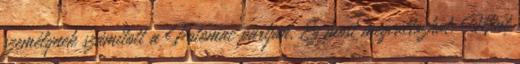
személynek számított a Potomac partján. Ez most megváltozhat. Mint